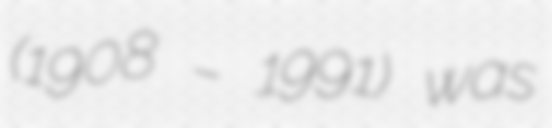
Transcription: (1908 – 1991) was